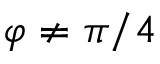
\varphi \neq \pi / 4